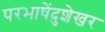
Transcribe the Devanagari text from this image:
परभाषेंदुशेखर